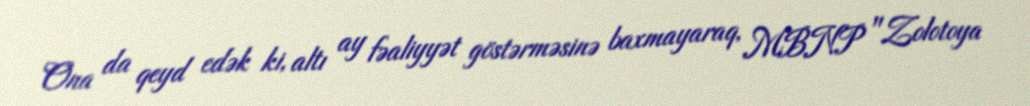
Ona da qeyd edək ki, altı ay fəaliyyət göstərməsinə baxmayaraq, MBNP "Zolotoya